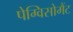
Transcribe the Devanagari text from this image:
पेग्विसोमैंट